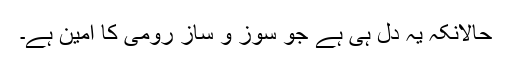
حالانکہ یہ دل ہی ہے جو سوز و ساز رومی کا امین ہے۔